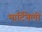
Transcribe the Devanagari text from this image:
मार्टिनेली